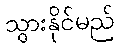
သွားနိုင်မည်